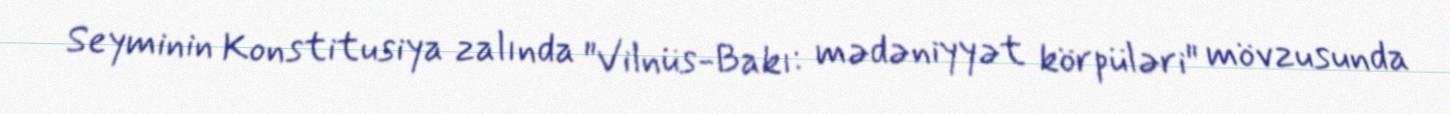
Seyminin Konstitusiya zalında "Vilnüs-Bakı: mədəniyyət körpüləri" mövzusunda